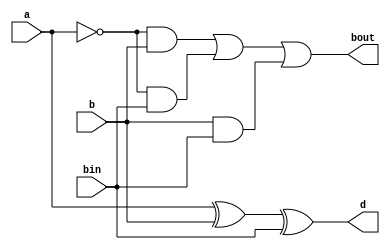
`timescale 1ns / 1ps
module fullSub(
    input a,
    input b,
    input bin,
    output d,
    output bout
    );
wire d1,neg_a,b1,b2,b3;
xor(d1,a,b);
xor(d,d1,bin);
not(neg_a,a);
and(b1,neg_a,b);
and(b2,neg_a,bin);
and(b3,b,bin);
or(bout,b1,b2,b3);
endmodule